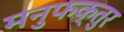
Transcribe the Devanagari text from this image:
मनुफक्तुर